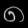
Digit: ၈